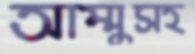
আম্মুসহ